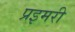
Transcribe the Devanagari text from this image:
प्रइमरी